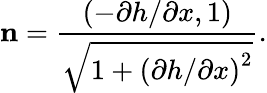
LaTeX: \mathbf{n}=\frac{\left(-\partial h/\partial x,1\right)}{\sqrt{1+{{\left(\partial h/\partial x\right)}^{2}}}}.